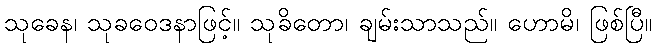
သုခေန၊ သုခဝေဒနာဖြင့်။ သုခိတော၊ ချမ်းသာသည်။ ဟောမိ၊ ဖြစ်ပြီ။